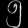
Digit: ၅